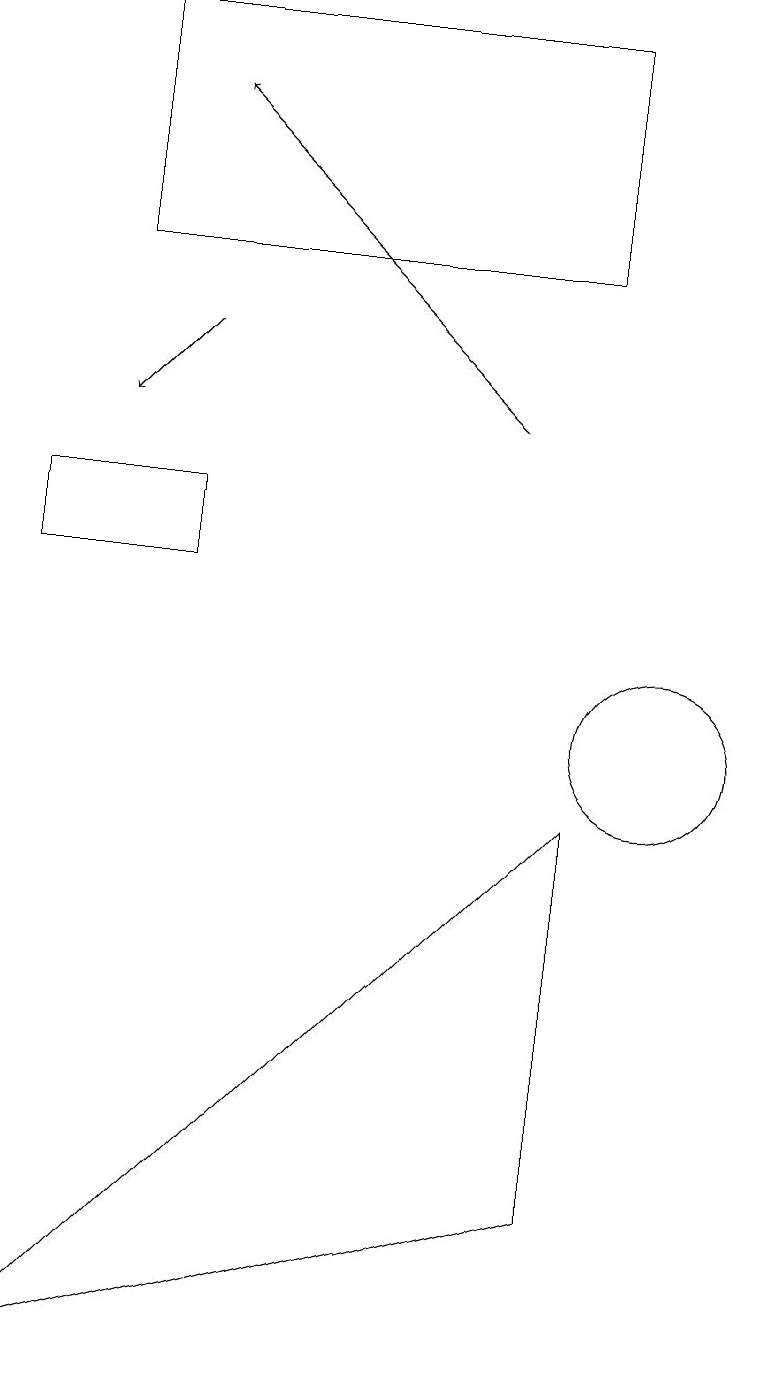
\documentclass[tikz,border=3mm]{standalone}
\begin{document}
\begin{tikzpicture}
\draw[->] (4,15) -- (3,14);
\draw (9,16) rectangle (3,19);
\draw (10,10) circle (1);
\draw[->] (8,14) -- (4,18);
\draw (9,4) -- (9,9) -- (2,2) -- cycle;
\draw (2,12) rectangle (4,13);
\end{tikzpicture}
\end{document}